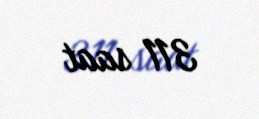
311 saat